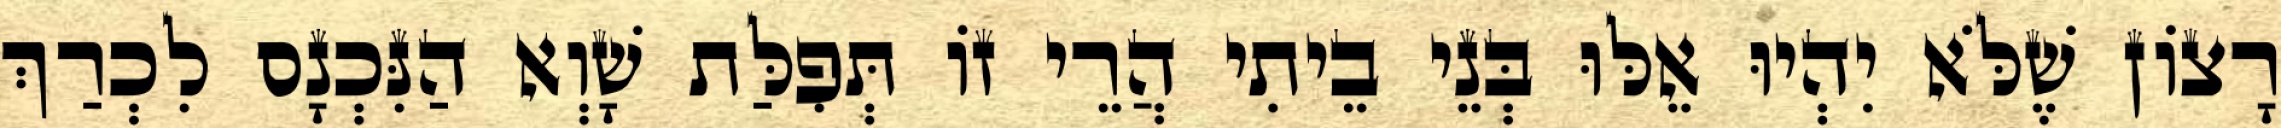
רָצוֹן שֶׁלֹּא יִהְיוּ אֵלּוּ בְּנֵי בֵיתִי הֲרֵי זוֹ תְּפִלַּת שָׁוְא הַנִּכְנָס לִכְרַךְ